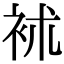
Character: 䘤